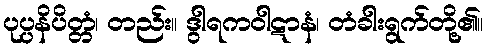
ပုပ္ပနိပိတ္တံ၊ တည်း။ ဒွါရကဝါဋာနံ၊ တံခါးရွက်တို့၏။